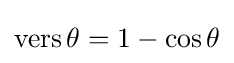
\operatorname {vers} \theta =1-\cos \theta